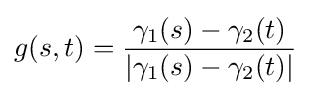
g(s,t)={\frac {\gamma _{1}(s)-\gamma _{2}(t)}{|\gamma _{1}(s)-\gamma _{2}(t)|}}